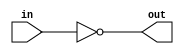
//`timescale 1ns/1ps
////////////////////////////////////////////// INV
module INV(in, out);
	output out;
    input in;
	
	assign out = ~ in;
endmodule

////////////////////////////////////////////// AND2
module AND2(A,B,Y);
    output Y;
    input A, B;
     
	assign Y = A & B;
endmodule

////////////////////////////////////////////// OR2
module OR2(A,B,Y);
    output Y;
    input A, B;
	
	assign Y = A | B;
endmodule

////////////////////////////////////////////// NAND2
module NAND2(A,B,Y);
    output Y;
    input A, B;
     
	assign Y = ~(A & B);
endmodule

////////////////////////////////////////////// NOR2

module NOR2(A,B,Y);
    output Y;
    input A,B;
     
	assign Y = ~(A | B);
endmodule

////////////////////////////////////////////// XOR2
module XOR2(A,B,Y);
    output Y;
    input A, B;
    
	assign Y = A ^ B;
endmodule

//////////////////////////////////////////////XNOR2
module XNOR2(A,B,Y);
    output Y;
    input A,B;
    
	assign Y = ~(A ^ B);
endmodule
////////////////////////////////////////////// AND3
module AND3(A,B,C,Y);
    output Y;
    input A, B, C;
     
	assign Y = A & B & C;
endmodule
////////////////////////////////////////////// AND4
module AND4(A,B,C,D,Y);
    output Y;
    input A, B, C, D;
     
	assign Y = A & B & C & D;
endmodule

////////////////////////////////////////////// OR3
module OR3(A,B,C,Y);
    output Y;
    input A, B, C;
	
	assign Y = A | B | C;
endmodule

////////////////////////////////////////////// OR4
module OR4(A,B,C,D,Y);
    output Y;
    input A, B, C, D;
	
	assign Y = A | B | C | D;
endmodule